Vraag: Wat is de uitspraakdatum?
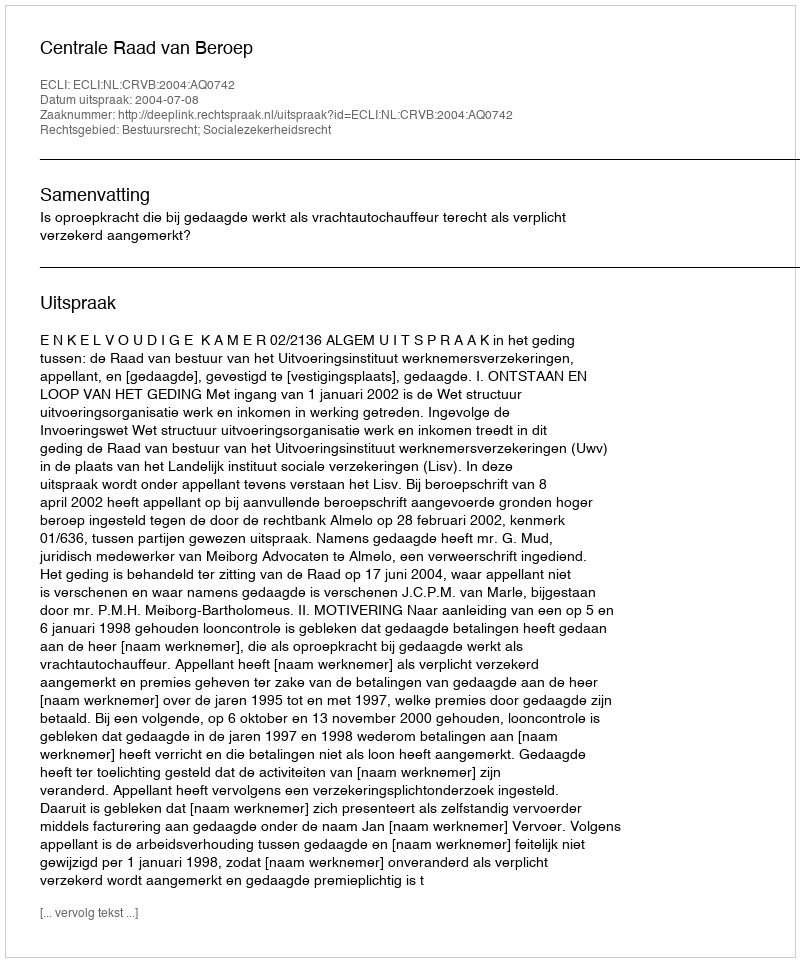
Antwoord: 2004-07-08